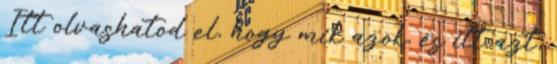
Itt olvashatod el, hogy mik azok, és itt azt,